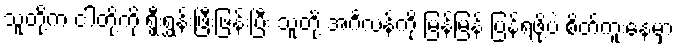
သူတို့က ငါတို့ကို ရွှီးရွှန်းဖြီးဖြန်းပြီး သူတို့ အင်္ဂလန်ကို မြန်မြန် ပြန်ရဖို့ပဲ စိတ်ကူးနေမှာ